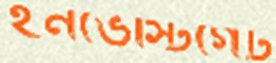
ইনভেস্টিগেট